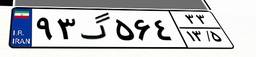
۹۹گ۲۸۴۶۰